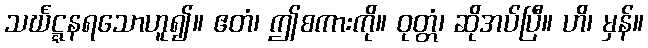
သင်္ဃဋ္ဋနရသောဟူ၍။ ဧတံ၊ ဤစကားကို။ ဝုတ္တံ၊ ဆိုအပ်ပြီ။ ဟိ၊ မှန်။